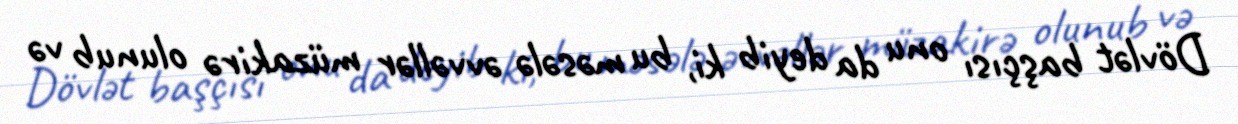
Dövlət başçısı onu da deyib ki, bu məsələ əvvəllər müzakirə olunub və